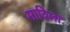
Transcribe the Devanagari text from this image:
मादिला